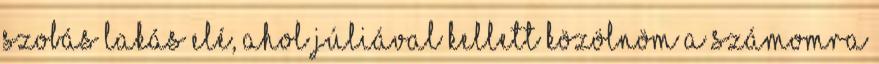
szobás lakás elé, ahol Júliával kellett közölnöm a számomra